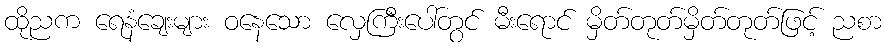
ထိုညက ရေနံချေးများ ဝနေသော လှေကြီးပေါ်တွင် မီးရောင် မှိတ်တုတ်မှိတ်တုတ်ဖြင့် ညစာ